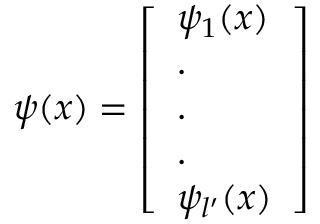
\psi ( x ) = \left[ \begin{array} { l } { \psi _ { 1 } ( x ) } \\ { . } \\ { . } \\ { . } \\ { \psi _ { l ^ { \prime } } ( x ) } \end{array} \right]